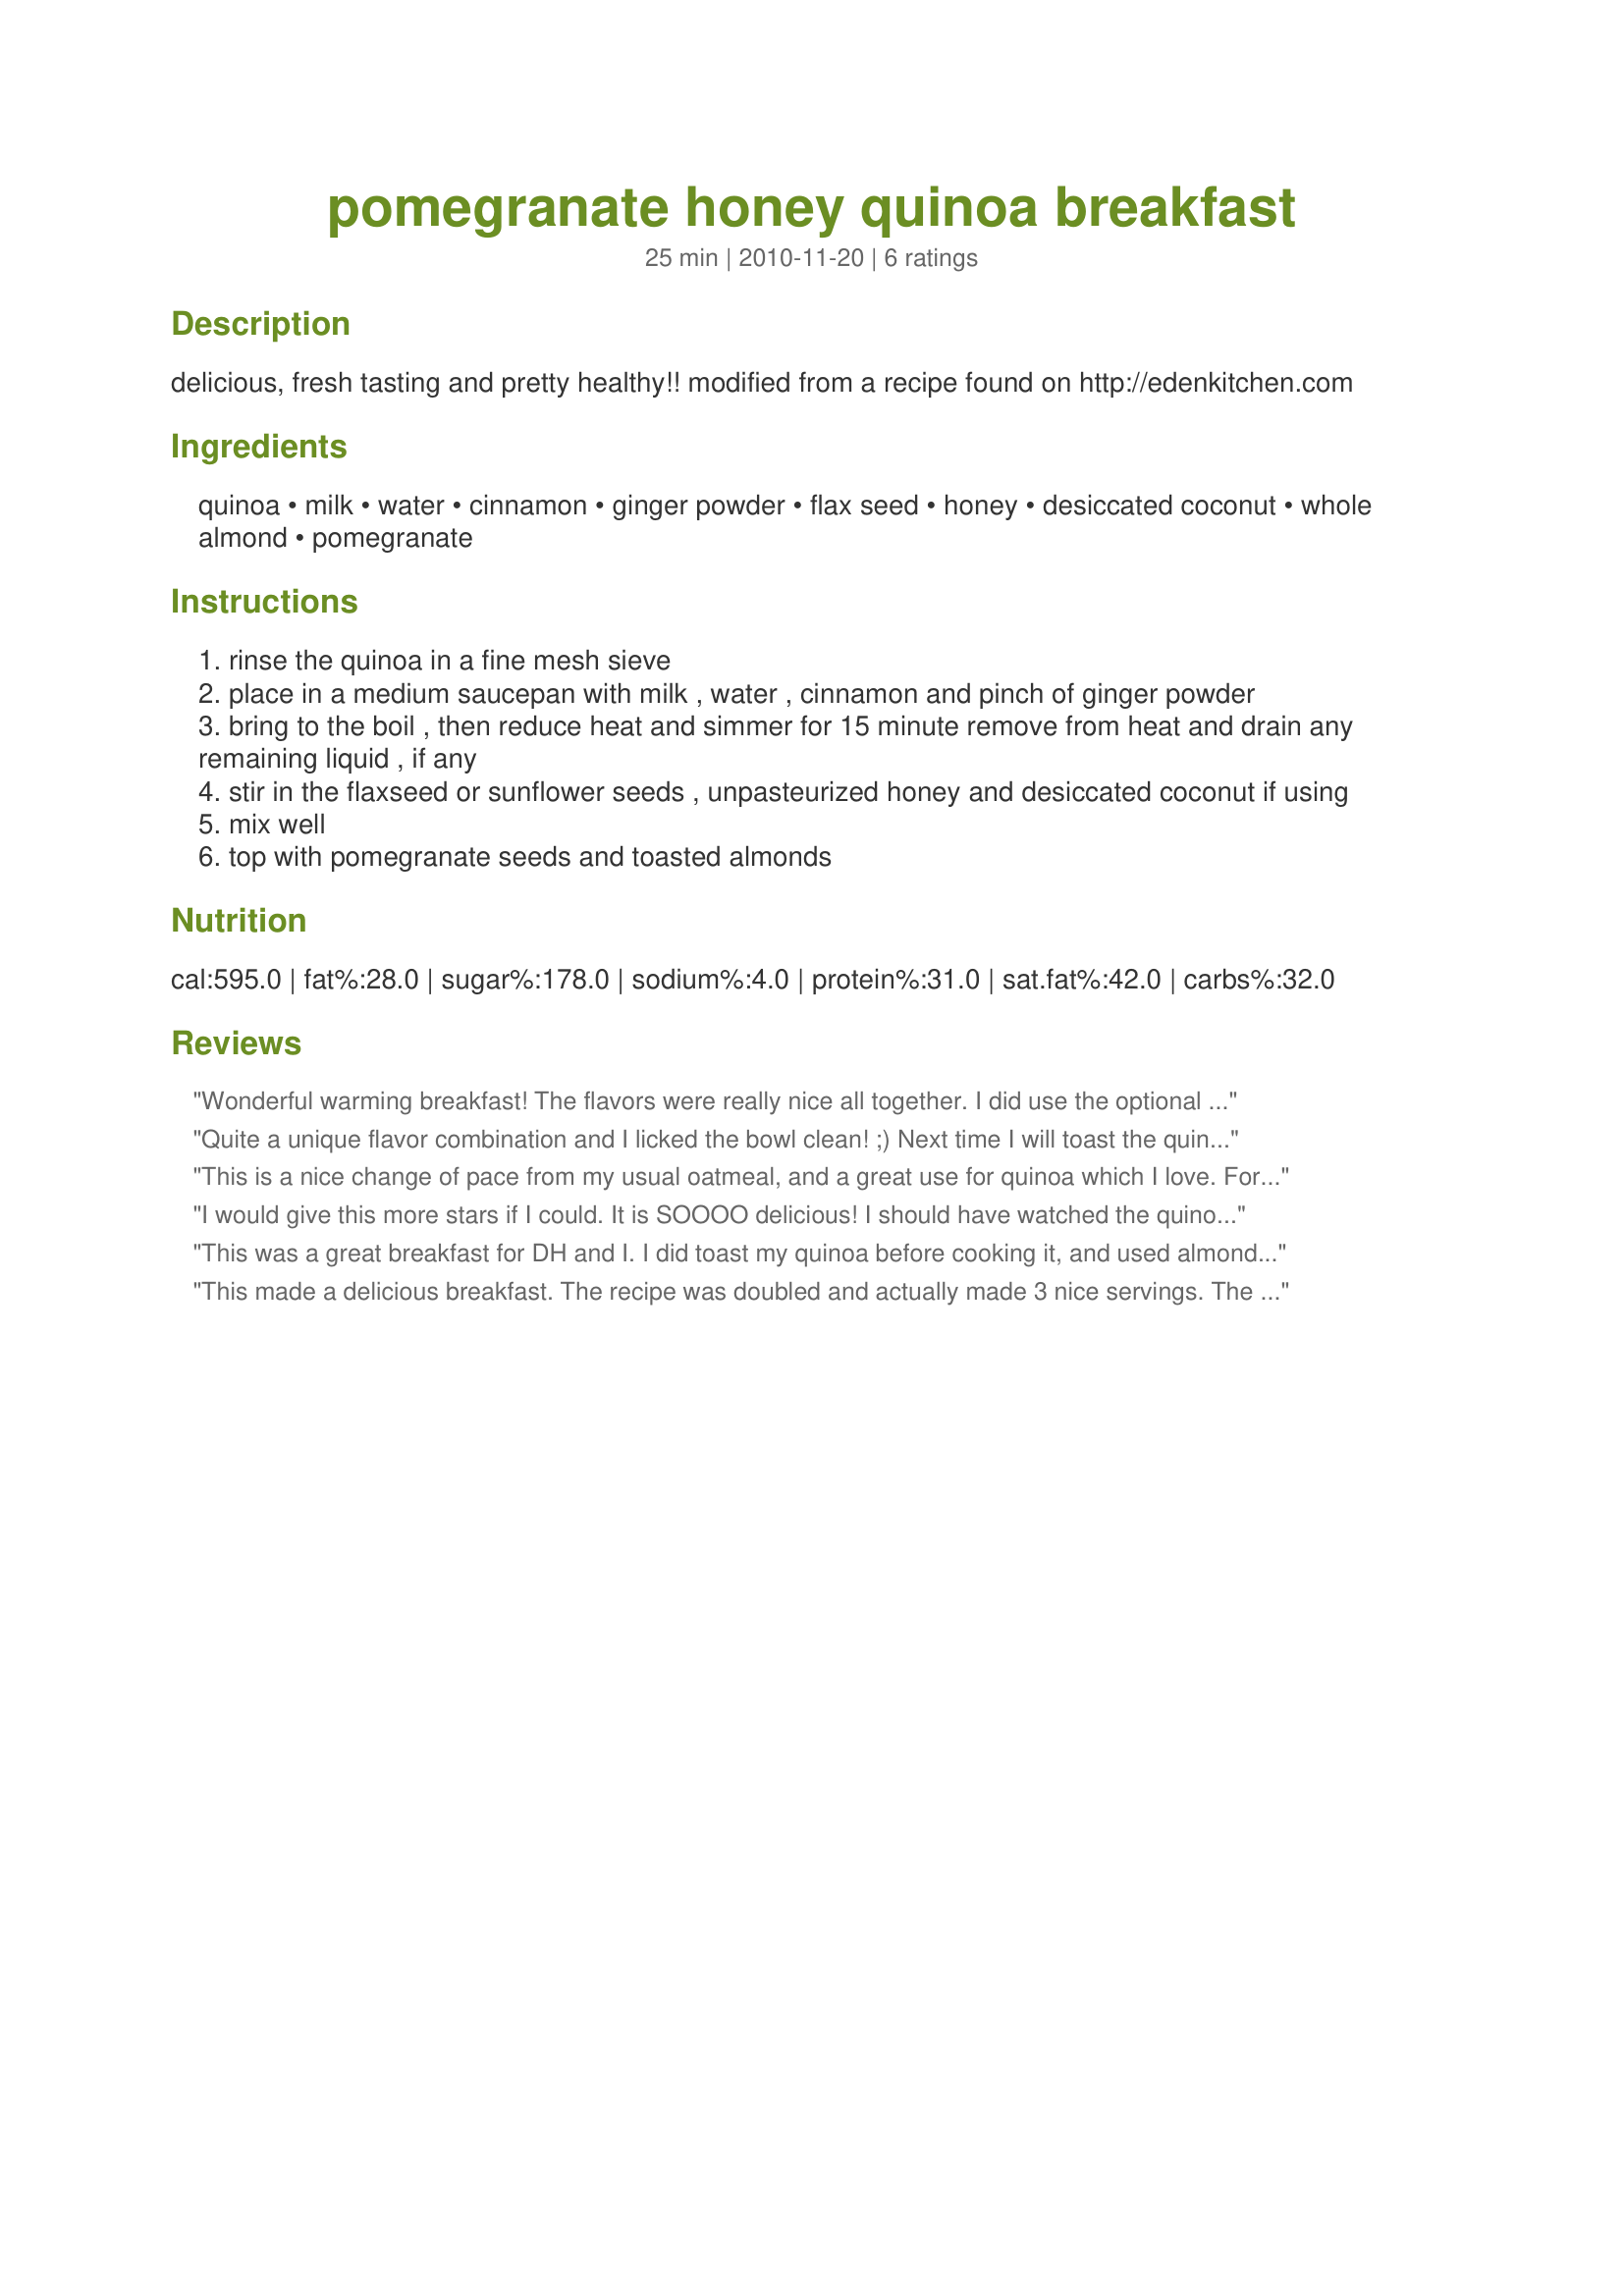
pomegranate honey quinoa breakfast
Preparation time: 25 minutes

delicious, fresh tasting and pretty healthy!! modified from a recipe found on http://edenkitchen.com

Ingredients:
quinoa, milk, water, cinnamon, ginger powder, flax seed, honey, desiccated coconut, whole almond, pomegranate

Steps:
rinse the quinoa in a fine mesh sieve
place in a medium saucepan with milk , water , cinnamon and pinch of ginger powder
bring to the boil , then reduce heat and simmer for 15 minute remove from heat and drain any remaining liquid , if any
stir in the flaxseed or sunflower seeds , unpasteurized honey and desiccated coconut if using
mix well
top with pomegranate seeds and toasted almonds

Reviews:
Wonderful warming breakfast! The flavors were really nice all together. I did use the optional coconut, and I garnished with a few whole almonds too. Thanks for sharing!
Quite a unique flavor combination and I licked the bowl clean! ;) Next time I will toast the quinoa as suggested by another reviewer. The amount of coconut was cut in half and part of it was stirred into the cereal and the rest for garnish. Sunflowers were used and almonds were toasted and instead of using pomegranate arils I drizzled pomegranate syrup on top instead. The syrup was the magical ingredient that brought it all together. Delicious hot cereal! Thank you! Reviewed for Veg Tag January.
This is a nice change of pace from my usual oatmeal, and a great use for quinoa which I love. For some reason mine got quite dry while cooking, but that was nothing a splash of milk couldn't fix. My pomegranate was a little long in the tooth so I ultimately decided to use a strawberry/walnut combination which worked great. I love the addition of coconut--I used unsweetened dried coconut and now I think I will add it to my hot cereal more often! Thanks for posting! Made for 123 Hits.
I would give this more stars if I could. It is SOOOO delicious! I should have watched the quinoa more carefully as it was cooking, as it started to boil over, then all the quinoa was left on the side of the pot, not cooking in the liquid as it should have been. I did use toasted quinoa, using the method on this site. I'm not sure if that made a difference but the end result is absolutely heavenly! It is the perfect blend of flavors with a lovely pop when the pomegranite seeds burst! I will double the recipe next time. I made this for my daughter and she saved me a bit, but that was not enough! Thanks for sharing this fabulous recipe!
This was a great breakfast for DH and I. I did toast my quinoa before cooking it, and used almond milk as some others did. I could not find pomegranates in the grocery anywhere, so settled on using a 1/4 cup combination of sultanas, cranberries and dark cherries. I did add the flax seed meal and skipped the coconut. The toasted almonds were a great topper. I liked the ease of this, which would help on those very early mornings I get up for the gym - this would be a great recovery food. Thanks for posting this UmmBinat - made for ZWT7 and the HOT PINK LADIES!
This made a delicious breakfast. The recipe was doubled and actually made 3 nice servings. The quinoa was cooked in almond milk. I did reduce the flax seed by half and toasted the coconut along with the almonds. As hearty, good for you breakfast that stays with you throughout the morning. Made for the Vivacious Violets and ZWT 7.
